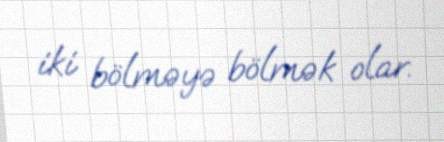
iki bölməyə bölmək olar.